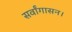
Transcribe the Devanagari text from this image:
सर्वांगासन।